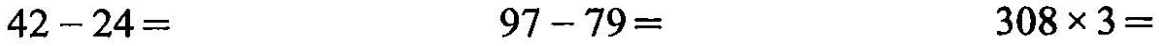
$$4 2 - 2 4 =$$$$9 7 - 7 9 =$$$$3 0 8 \times 3 =$$